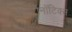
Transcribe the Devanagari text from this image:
ऐयरोनॉटिक्स